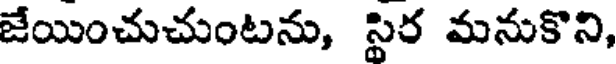
జేయించుచుంటను, స్థిర మనుకొని,